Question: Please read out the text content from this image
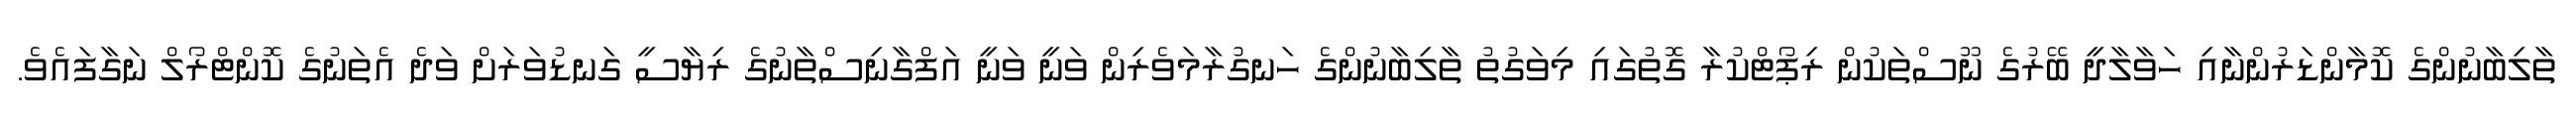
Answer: ތާލިބާނުންގެ ކޮމާންޑަރުންނާއި ހަވާލާދީ ބޭރުގެ ނޫސްތަކުން ރިޕޯޓްކުރާ ގޮތުގައި މިވަގުތު ތާލިބާނުންގެ ހަނގުރާމަވެރިން ވަނީ ވަނީ އަފްގާނިސްތާނުގެ ރިޔާސީ ގަނޑުވަރަށް ވަދެ އެތަނުގެ ކޮންޓްރޯލް ނަގާފައެވެ.